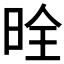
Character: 𪰡